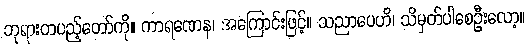
ဘုရားတပည့်တော်ကို။ ကာရဏေန၊ အကြောင်းဖြင့်။ သညာပေဟိ၊ သိမှတ်ပါစေဦးလော့။